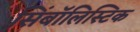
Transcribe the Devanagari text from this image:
सिंबॉलिस्टिक